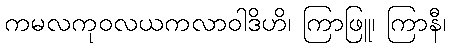
ကမလကုဝလယကလာဝါဒိဟိ၊ ကြာဖြူ၊ ကြာနီ၊